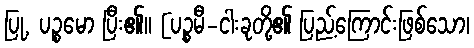
ပြု, ပဉ္စမော ပြီး၏။ [ပဉ္စမီ-ငါးခုတို့၏ ပြည့်ကြောင်းဖြစ်သော၊